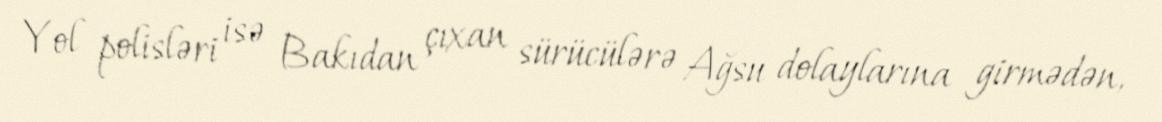
Yol polisləri isə Bakıdan çıxan sürücülərə Ağsu dolaylarına girmədən,